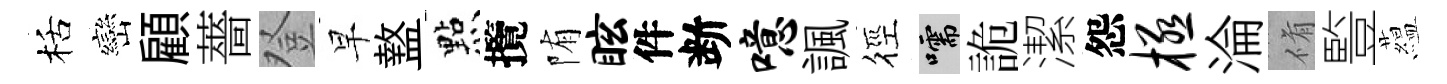
栝巒顧薔登早盩㸃攬陏眩件断噫諷徑嚅詭潔怨极淪脩䜿藴